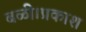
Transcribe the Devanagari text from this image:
बळी।प्रकाश